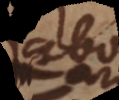
abo